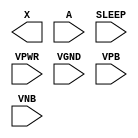
module sky130_fd_sc_hdll__inputiso0p (
    X    ,
    A    ,
    SLEEP,
    VPWR ,
    VGND ,
    VPB  ,
    VNB
);

    output X    ;
    input  A    ;
    input  SLEEP;
    input  VPWR ;
    input  VGND ;
    input  VPB  ;
    input  VNB  ;
endmodule